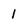
Character: 1